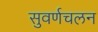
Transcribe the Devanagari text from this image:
सुवर्णचलन